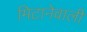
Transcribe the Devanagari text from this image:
मिटानेवाली